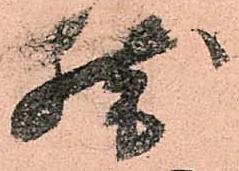
然